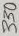
Text: 330